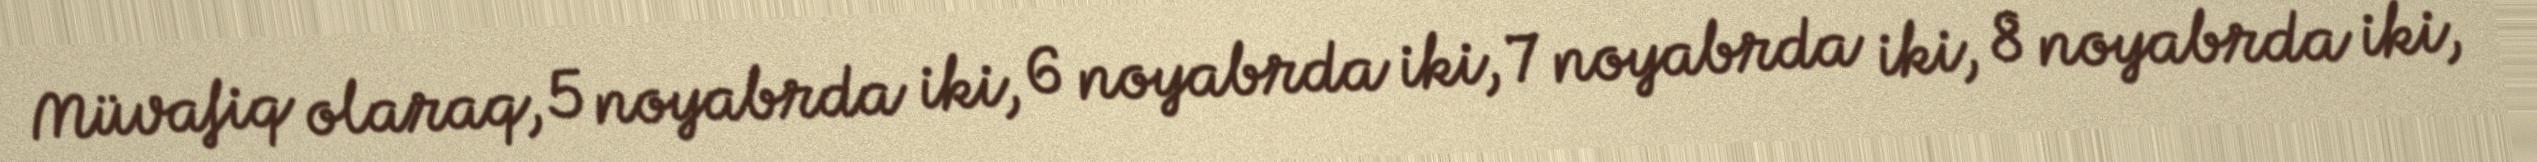
Müvafiq olaraq, 5 noyabrda iki, 6 noyabrda iki, 7 noyabrda iki, 8 noyabrda iki,